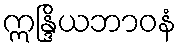
ဣန္ဒြိယဘာဝနံ